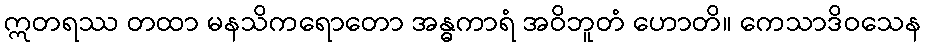
ဣတရဿ တထာ မနသိကရောတော အန္ဓကာရံ အဝိဘူတံ ဟောတိ။ ကေသာဒိဝသေန